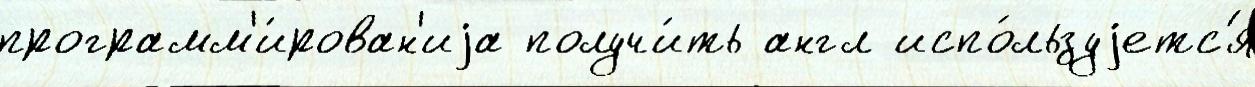
программ'и́рован'иjа получи́ть англ испо́льзуjетс'я